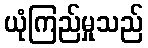
ယုံကြည်မှုသည်